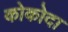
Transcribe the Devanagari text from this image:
कोकोदा